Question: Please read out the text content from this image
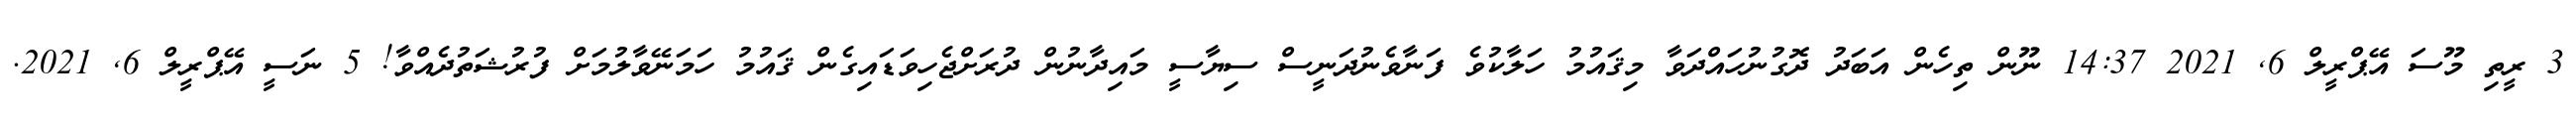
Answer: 3 ރީތި މޫސަ އޭޕްރީލް 6, 2021 14:37 ނޫން ތިހެން އަބަދު ދޮގުނުހައްދަވާ މިޤައުމު ހަލާކުވެ ފަނާވެނުދަނީސް ސިޔާސީ މައިދާނުން ދުރަށްޖެހިވަޑައިގެން ޤައުމު ހަމަނޭވާލުމަށް ފުރުޝަތުދެއްވާ! 5 ނަސީ އޭޕްރީލް 6, 2021.